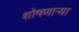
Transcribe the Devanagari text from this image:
शोषणाऱ्या